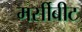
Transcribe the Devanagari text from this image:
मर्सीबीट